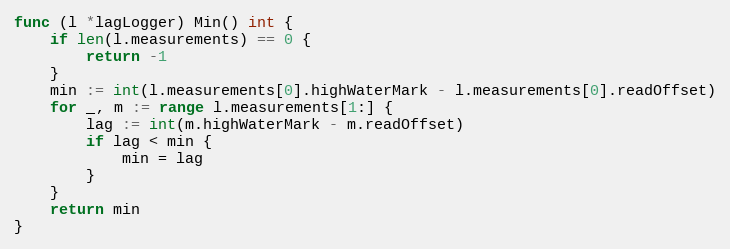
Language: Go
func (l *lagLogger) Min() int {
	if len(l.measurements) == 0 {
		return -1
	}
	min := int(l.measurements[0].highWaterMark - l.measurements[0].readOffset)
	for _, m := range l.measurements[1:] {
		lag := int(m.highWaterMark - m.readOffset)
		if lag < min {
			min = lag
		}
	}
	return min
}